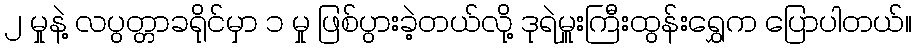
၂ မှုနဲ့ လပွတ္တာခရိုင်မှာ ၁ မှု ဖြစ်ပွားခဲ့တယ်လို့ ဒုရဲမှူးကြီးထွန်းရွှေက ပြောပါတယ်။